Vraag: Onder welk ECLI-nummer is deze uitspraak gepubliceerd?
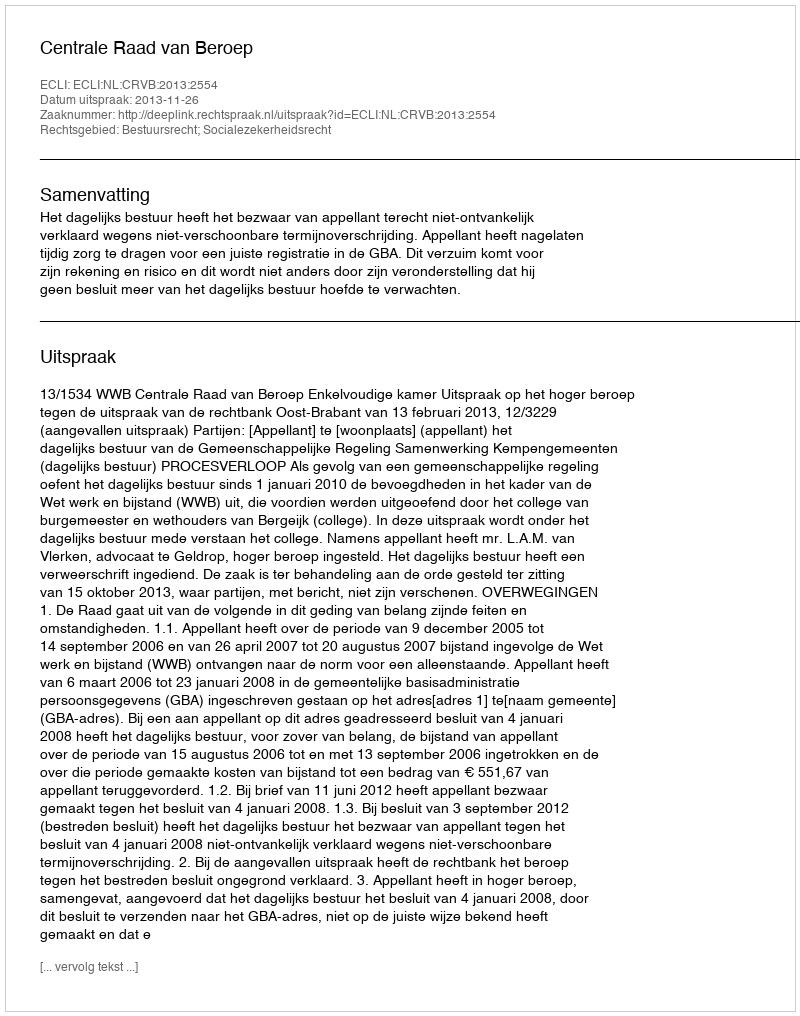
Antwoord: ECLI:NL:CRVB:2013:2554